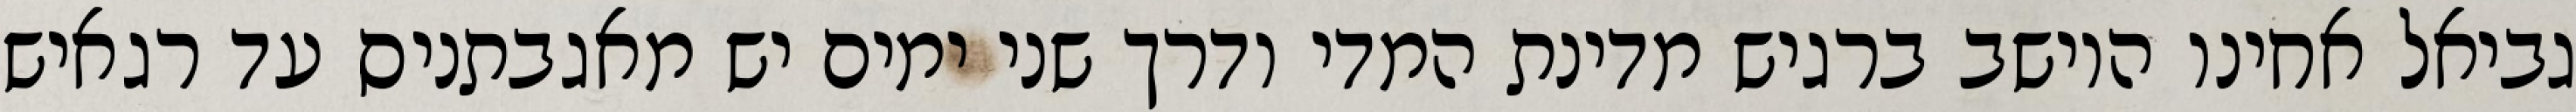
גביאל אחינו היושב ברגיש מדינת המדי ודרך שני ימים יש מאגבתניס עד רגאיש